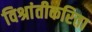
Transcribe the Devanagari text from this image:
विश्रांतीकरिता